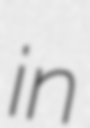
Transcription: in